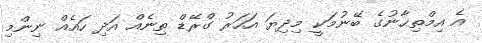
އެ އިމްތިޙާނުގެ ބޭނުމަކީ މިދިޔަ އަހަރު ގްރޭޑް ތިނެއް އަދި ހައެއް ނިންމި